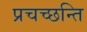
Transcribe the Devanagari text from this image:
प्रचच्छन्ति